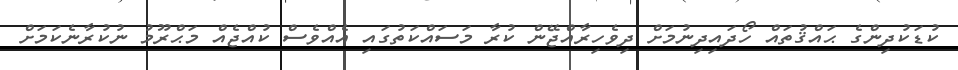
ކުޑަކުދިންގެ ޙައްޤުތައް ހޯދައިދިނުމަށް ދިވެހިރާއްޖޭން ކުރާ މަސައްކަތުގައި އެއްވެސް ކުއްޖެއް މަޙްރޫމު ނުކުރާނެކަމަށް